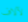
لآلاف